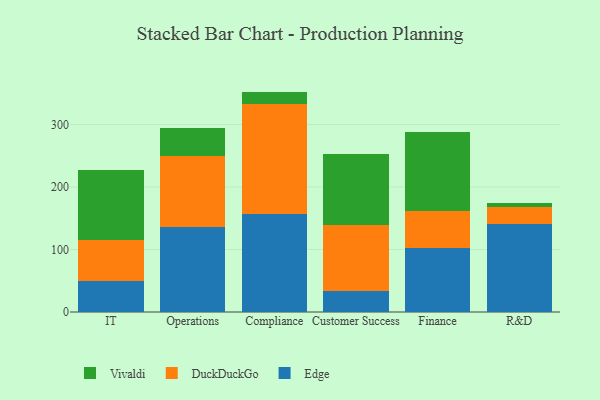
{"axis": {"x": "Department", "y": "Humidity (%)"}, "legend": ["DuckDuckGo", "Edge", "Vivaldi"], "data": [{"x": "IT", "y": 49.5, "type": "Edge"}, {"x": "IT", "y": 65.9, "type": "DuckDuckGo"}, {"x": "IT", "y": 111.3, "type": "Vivaldi"}, {"x": "Operations", "y": 135.7, "type": "Edge"}, {"x": "Operations", "y": 114.5, "type": "DuckDuckGo"}, {"x": "Operations", "y": 44.5, "type": "Vivaldi"}, {"x": "Compliance", "y": 157.3, "type": "Edge"}, {"x": "Compliance", "y": 175.8, "type": "DuckDuckGo"}, {"x": "Compliance", "y": 19.6, "type": "Vivaldi"}, {"x": "Customer Success", "y": 33.6, "type": "Edge"}, {"x": "Customer Success", "y": 106.0, "type": "DuckDuckGo"}, {"x": "Customer Success", "y": 113.0, "type": "Vivaldi"}, {"x": "Finance", "y": 103.2, "type": "Edge"}, {"x": "Finance", "y": 58.9, "type": "DuckDuckGo"}, {"x": "Finance", "y": 125.5, "type": "Vivaldi"}, {"x": "R&D", "y": 141.0, "type": "Edge"}, {"x": "R&D", "y": 26.3, "type": "DuckDuckGo"}, {"x": "R&D", "y": 7.9, "type": "Vivaldi"}]}